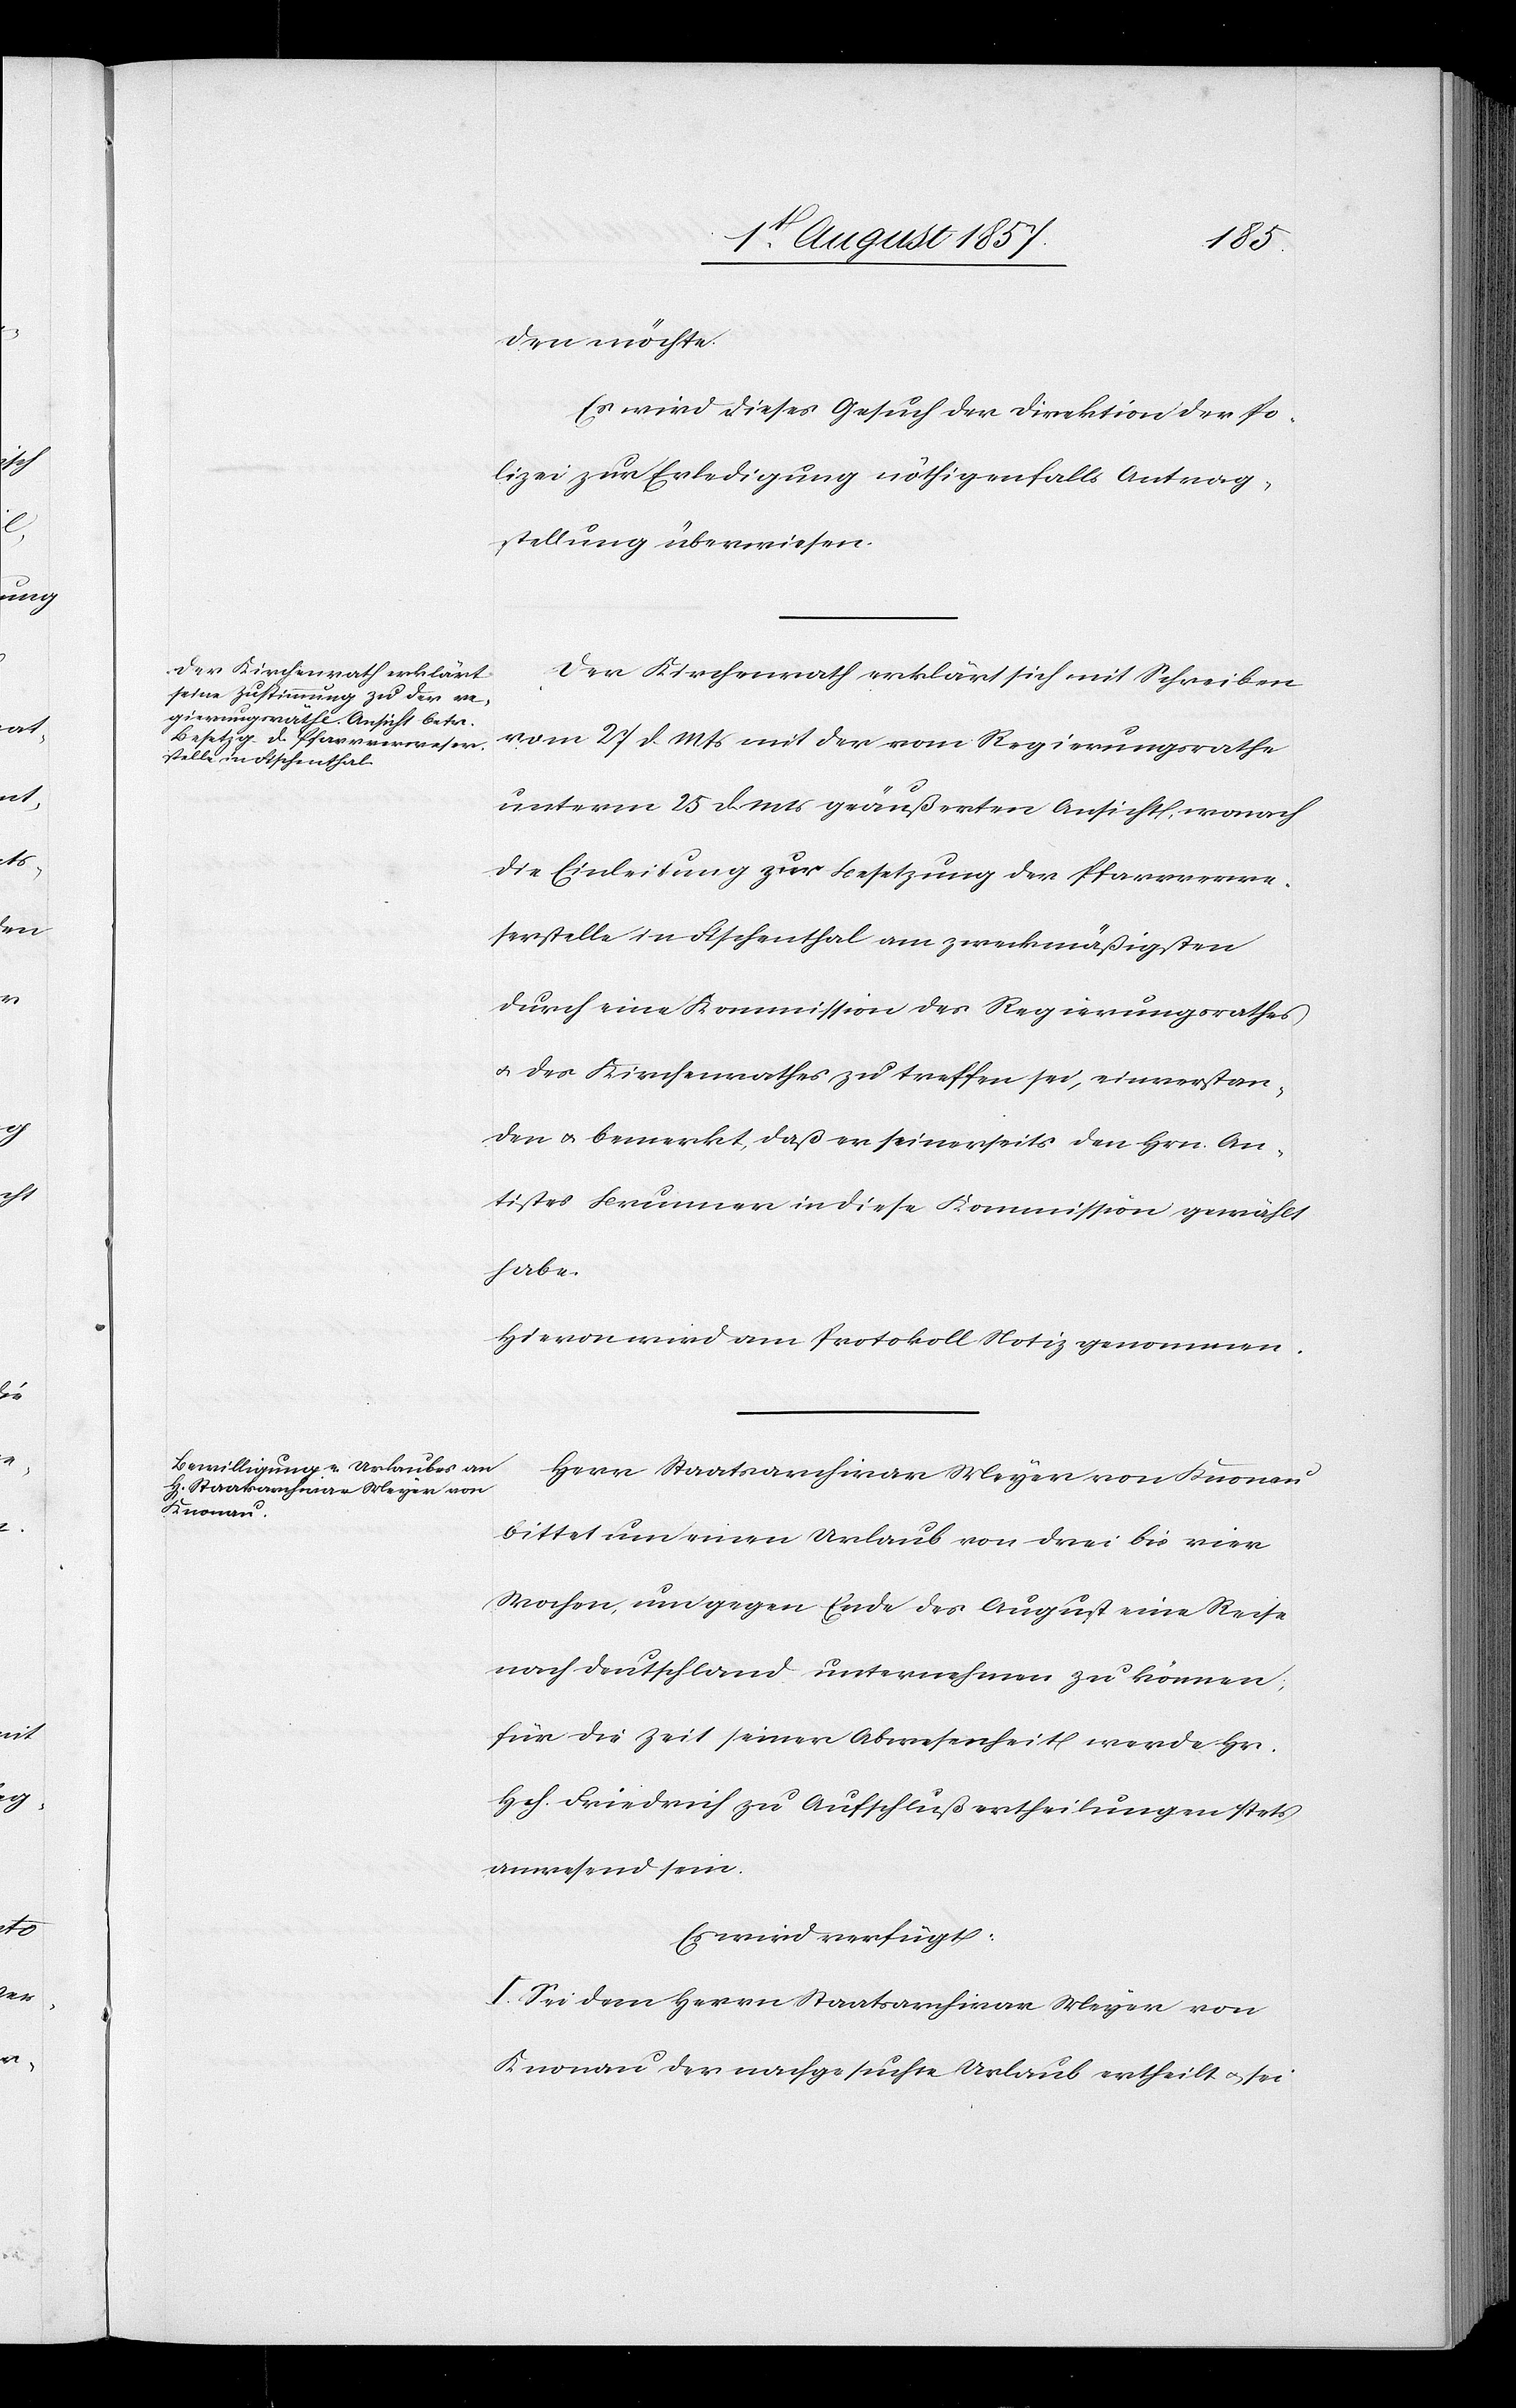
den möchte,
Es wird dieses Gesuch der Direktion der Po¬
lizei zur Erledigung nöthigenfalls Antrag¬
stellung überwiesen.
Der Kirchenrathe erklärt sich mit Schreiben
vom 27 d. Mts. mit der vom Regierungsrathe
unterm 25 d. Mts. geäußerten Ansicht, wonach
die Einleitung zur Besetzung der Pfarrverwe¬
serstelle in Fischenthal am zweckmäßigsten
durch eine Kommission des Regierungsrathes
& des Kirchenrathes zu treffen sei, einverstan¬
den & bemerkt, daß er seinerseits den Hrn. An¬
tistes Brunner in diese Kommission gewählt
habe.
Hievon wird am Protokoll Notiz genommen.
Herr Staatsarchivar Meyer von Knonau
bittet um einen Urlaub von drei bis vier
Wochen, um gegen Ende des August eine Reise
nach Deutschland unternehmen zu können,
für die Zeit seiner Abwesenheit werde Hr.
Hch. Friedrich zu Aufschlußertheilungen stets
anwesend sein.
Es wird verfügt:
I. Sei dem Herrn Staatsarchivar Meyer von
Knonau der nachgesuchte Urlaub ertheilt & sei